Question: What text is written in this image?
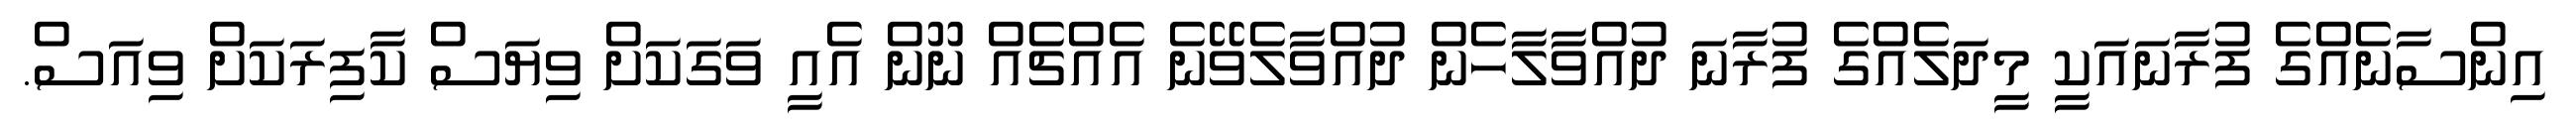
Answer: އިންސާނެއްގެ ފުރާނައަކީ މީދަލެއްގެ ފުރާނަ ދުއްވާލާހެން ދުއްވާލެވޭނެ އެއްޗެއް ނޫން އެއީ ވަގަކަށް ވިޔަސް ކާފިރަކަށް ވިއަސް.